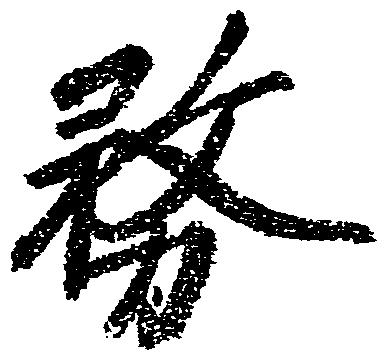
務